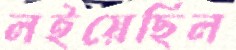
লইয়েছিল